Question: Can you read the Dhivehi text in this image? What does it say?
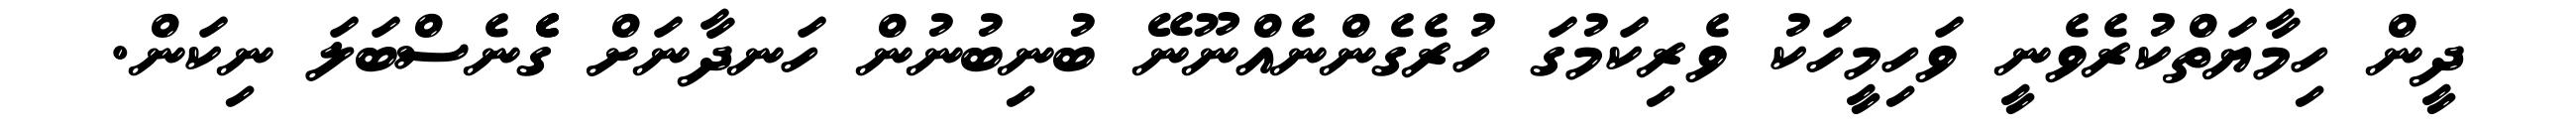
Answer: ދީން ހިމާޔަތްކުރެވެނީ ވަހިމީހަކު ވެރިކަމުގަ ހުރެގެންނެއްނޫނޭ ބުނިބުނުން ހަނދާނަށް ގެެެނެސްބަލަ ނިކަން.